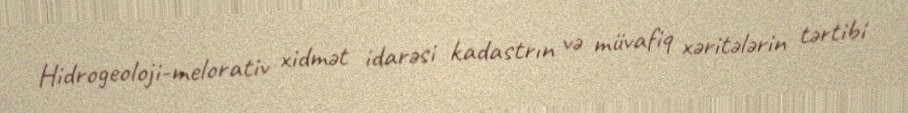
Hidrogeoloji-melorativ xidmət idarəsi kadastrın və müvafiq xəritələrin tərtibi